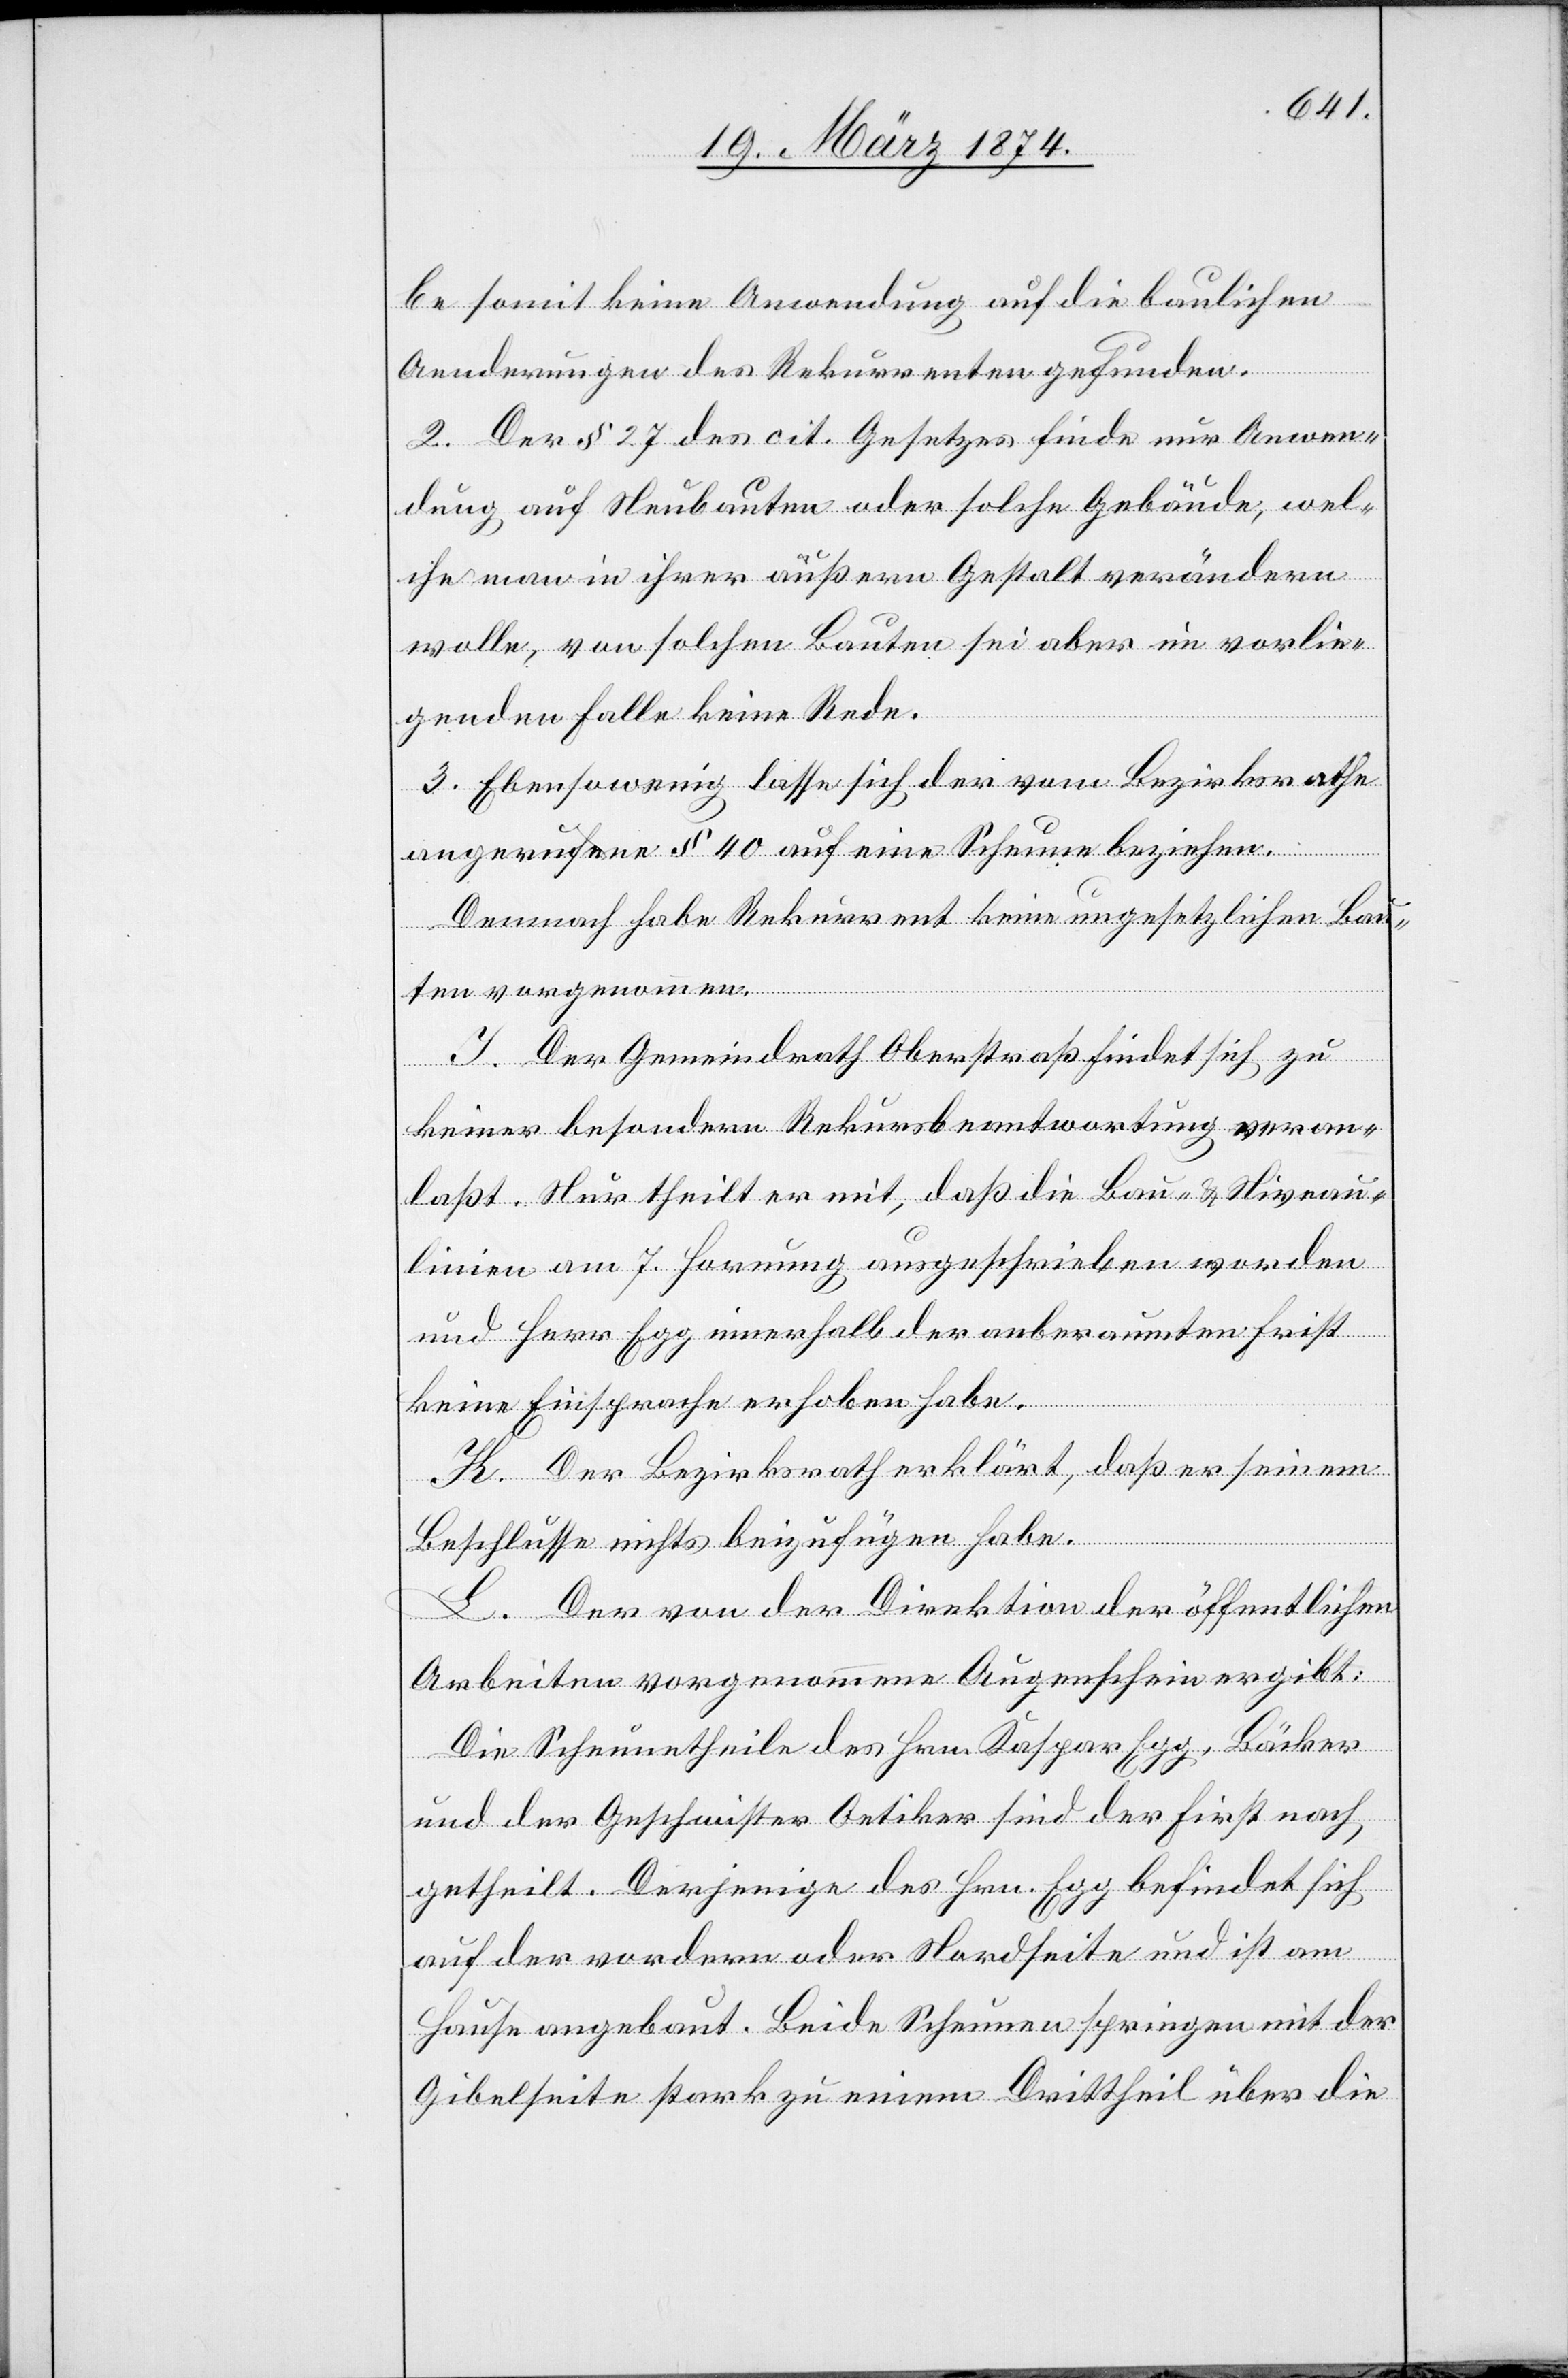
be keine Anwendung auf die baulichen
Aenderungen des Rekurrenten gefunden.
2. Der § 27 des cit. Gesetzes finde nur Anwen¬
dung auf Neubauten oder solche Gebäude, wel¬
che man in ihrer äußern Gestalt verändern
wolle, von solchen Bauten sei aber im vorlie¬
genden Falle keine Rede.
3. Ebensowenig lasse sich der vom Bezirksrathe
angerufene § 40 auf eine Scheune beziehen.
Demnach habe Rekurrent keine ungesetzlichen Bau¬
ten vorgenommen.
J. Der Gemeindrath Oberstraß findet sich zu
keiner besondern Rekursbeantwortung veran¬
laßt. Nur theilt er mit, daß die Bau- u. Nieveau¬
linien am 7. Hornung ausgeschrieben worden
und Herr Egg innerhalb der anberaumten Frist
keine Einsprache erhoben habe.
K. Der Bezirksrath erklärt, daß er seinem
Beschlusse nichts beizufügen habe.
L. Der von der Direktion der öffentlichen
Arbeiten vorgenommene Augenschein ergibt:
Die Scheunetheile des Hrn. Kaspar Egg, Bäcker
und der Geschwister Oetiker sind der First nach
getheilt. Derjenige des Hrn. Egg befindet sich
auf der vordern oder Nordseite und ist am
Hause angebaut. Beide Scheunen springen mit der
Gibelseite stark zu einem Drittheil über die